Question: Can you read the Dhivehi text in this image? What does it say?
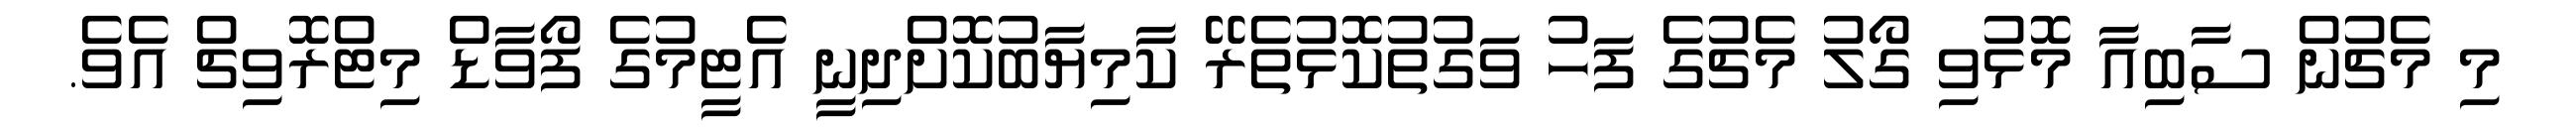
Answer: މި މެޗުން ސާބިއާ މޮޅުވި ގޯލު މެޗުގެ ފަހު ވަގުތުކޮޅުތެރޭ ކާމިޔާބުކޮށްދިނީ އެޓީމުގެ ފޯވާޑް މިޓްރޮވިޗް އެވެ.